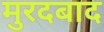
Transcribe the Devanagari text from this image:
मुरदबाद